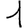
Digit: 1